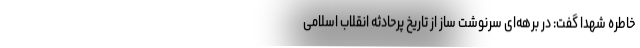
خاطره شهدا گفت: در برهه‌ای سرنوشت ساز از تاریخ پرحادثه انقلاب اسلامی